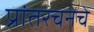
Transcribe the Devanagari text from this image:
प्रांतरचनेचे